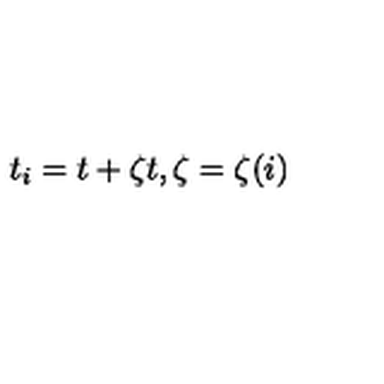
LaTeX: t _ { i } = t + \zeta t , \zeta = \zeta ( i )